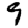
Digit: 9